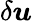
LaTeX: \delta\boldsymbol{u}